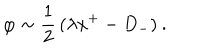
LaTeX: \: \varphi \sim \frac { 1 } { 2 } \, ( \lambda x ^ { + } - D _ { - } ) \: .